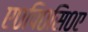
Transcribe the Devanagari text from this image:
ए०पि०सि०ए